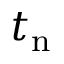
t _ { \mathrm { n } }